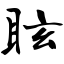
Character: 眩